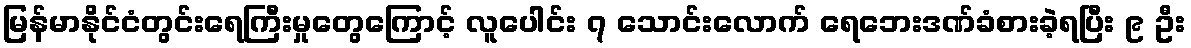
မြန်မာနိုင်ငံတွင်းရေကြီးမှုတွေကြောင့် လူပေါင်း ၇ သောင်းလောက် ရေဘေးဒဏ်ခံစားခဲ့ရပြီး ၉ ဦး